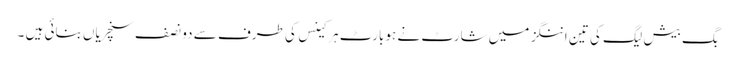
بگ بیش لیگ کی تین اننگز میں شارٹ نے ہوبارٹ ہرکینس کی طرف سے دو نصف سنچریاں بنائی ہیں ۔